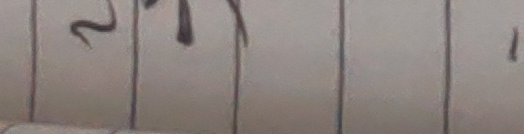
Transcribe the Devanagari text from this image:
केही कुरा